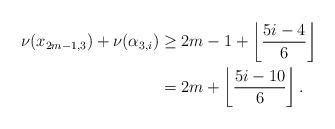
LaTeX: \begin{align*}\nu(x_{2m-1,3})+\nu(\alpha_{3,i}) &\geq 2m-1+\left\lfloor\dfrac{5i-4}{6}\right\rfloor\\ &=2m+\left\lfloor\dfrac{5i-10}{6}\right\rfloor.\end{align*}